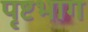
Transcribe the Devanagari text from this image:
पृष्टभाग